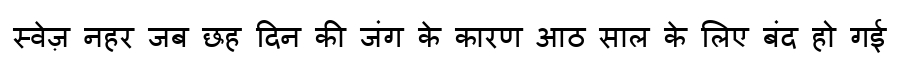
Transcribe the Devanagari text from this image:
स्वेज़ नहर जब छह दिन की जंग के कारण आठ साल के लिए बंद हो गई